Leaving Certificate Examination (including Day School Certificate (Higher) General paper), 1937
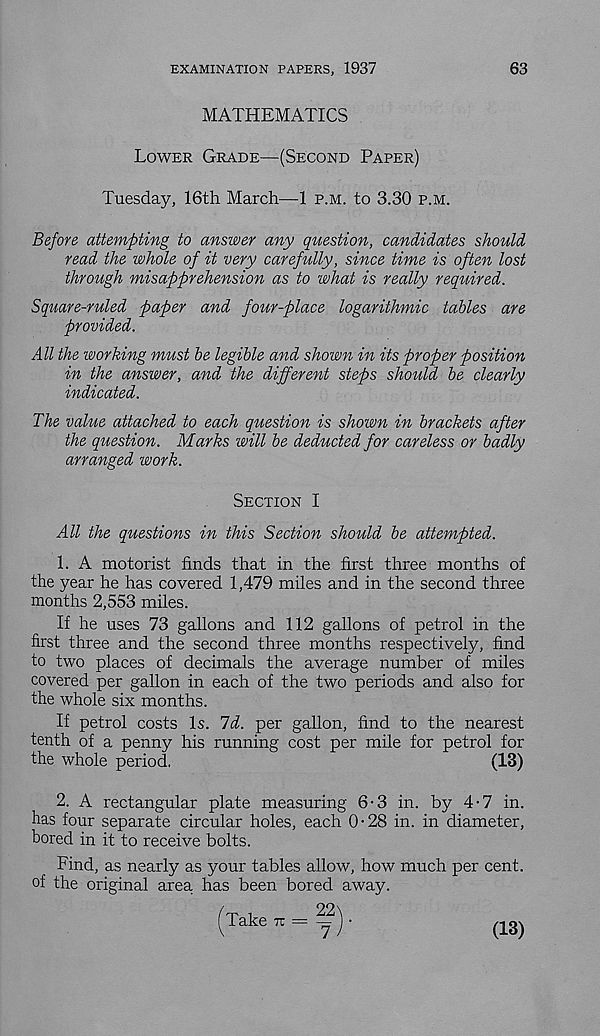
EXAMINATION PAPERS, 1937
63
MATHEMATICS
Lower Grade—(Second Paper)
Tuesday, 16th March—1 p.m. to 3.30 p.m.
Before attempting to answer any question, candidates should
read the whole of it very carefully, since time is often lost
through misapprehension as to what is really required.
Square-ruled paper and four-place logarithmic tables are
provided.
All the working must be legible and shown in its proper position
in the answer, and the different steps should be clearly
indicated.
The value attached to each question is shown in brackets after
the question. Marks will be deducted for careless or badly
arranged work.
Section I
All the questions in this Section should be attempted.
1. A motorist finds that in the first three months of
the year he has covered 1,479 miles and in the second three
months 2,553 miles.
If he uses 73 gallons and 112 gallons of petrol in the
first three and the second three months respectively, find
to two places of decimals the average number of miles
covered per gallon in each of the two periods and also for
the whole six months.
If petrol costs Is. Id. per gallon, find to the nearest
tenth of a penny his running cost per mile for petrol for
the whole period,
(13)
2. A rectangular plate measuring 6-3 in. by 4-7 in.
has four separate circular holes, each 0-28 in. in diameter,
bored in it to receive bolts.
Find, as nearly as your tables allow, how much per cent,
of the original area has been bored away.
(13)